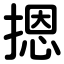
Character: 摁